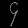
Digit: ၄